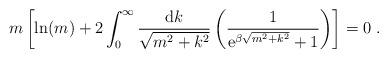
LaTeX: \begin{align*}m \left[ \ln (m) +2 \int_0^{\infty}\frac{{\rm d}k}{\sqrt{m^2+k^2}}\left( \frac{1}{{\rm e}^{\beta \sqrt{m^2+k^2}}+1}\right) \right] = 0 \ .\end{align*}